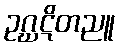
ဥဂ္ဃဋိတညူ